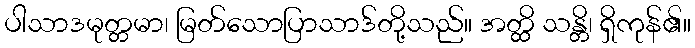
ပါသာဒမုတ္တမာ၊ မြတ်သောပြာသာဒ်တို့သည်။ အတ္ထိ သန္တိ၊ ရှိကုန်၏။